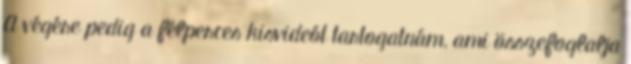
A végére pedig a félperces kisvideót tartogatnám, ami összefoglalja